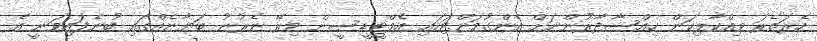
ހެރަތެރަ ވިއްކާލިކަން ހިއްސާދާރުންނަށް އެންގުމަށްޓަކައި އެމްޓީޑީސީން މިރޭ ނެރުނު ބަޔާނެއްގައި ބުނެފައިވަނީ އެ